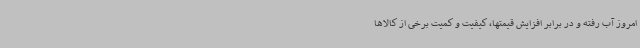
امروز آب رفته و در برابر افزایش قیمتها، کیفیت و کمیت برخی از کالاها